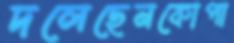
দলেছেনকোপা